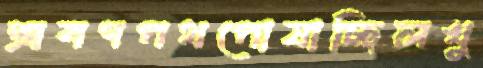
শ্রবণপথপোষাচ্ছিলখু